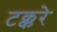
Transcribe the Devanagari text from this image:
टक्करे